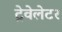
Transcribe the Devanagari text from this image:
ट्रेवेलेटर